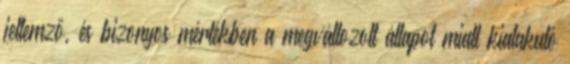
jellemző, és bizonyos mértékben a megváltozott állapot miatt kialakuló